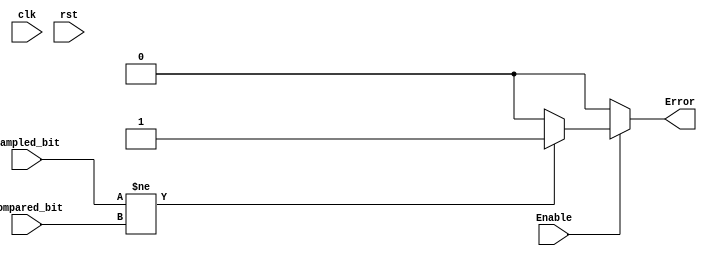
module Error_Unit (
    input  wire  clk,
    input  wire  rst,
    input  wire  sampled_bit,
    input  wire  Compared_bit,
    input  wire  Enable,
    output  reg  Error
);
    always @(*) begin
        if (!Enable) begin
            Error='b0;
        end else if (sampled_bit!=Compared_bit) begin
            Error='b1;
        end else begin
             Error='b0;
        end
    end

endmodule